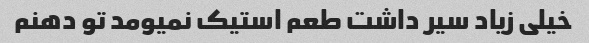
خیلی زیاد سیر داشت طعم استیک نمیومد تو دهنم